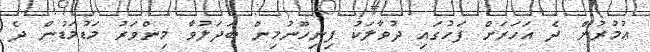
ޢުމުރުން ދެ އަހަރަށް ފަހުގައި ދުވާލަކު ފިނިހޫނުމިން ބަދަލުވާ މިންވަރު މަޑުމަޑުން ދެ